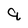
Character: q